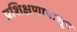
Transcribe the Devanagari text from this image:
प्रशिक्षणापासून